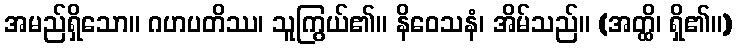
အမည်ရှိသော။ ဂဟပတိဿ၊ သူကြွယ်၏။ နိဝေသနံ၊ အိမ်သည်။ (အတ္ထိ၊ ရှိ၏။)